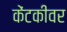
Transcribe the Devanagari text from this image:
केंटकीवर